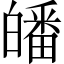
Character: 皤